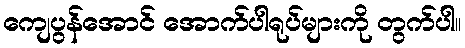
ကျေပွန်အောင် အောက်ပါရုပ်များကို တွက်ပါ။